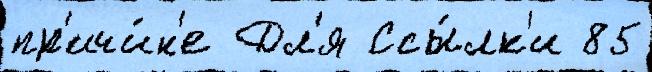
пр'ичи́н'е Дл'я Ссы́лк'и 85